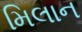
મિલાન